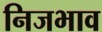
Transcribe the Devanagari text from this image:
निजभाव